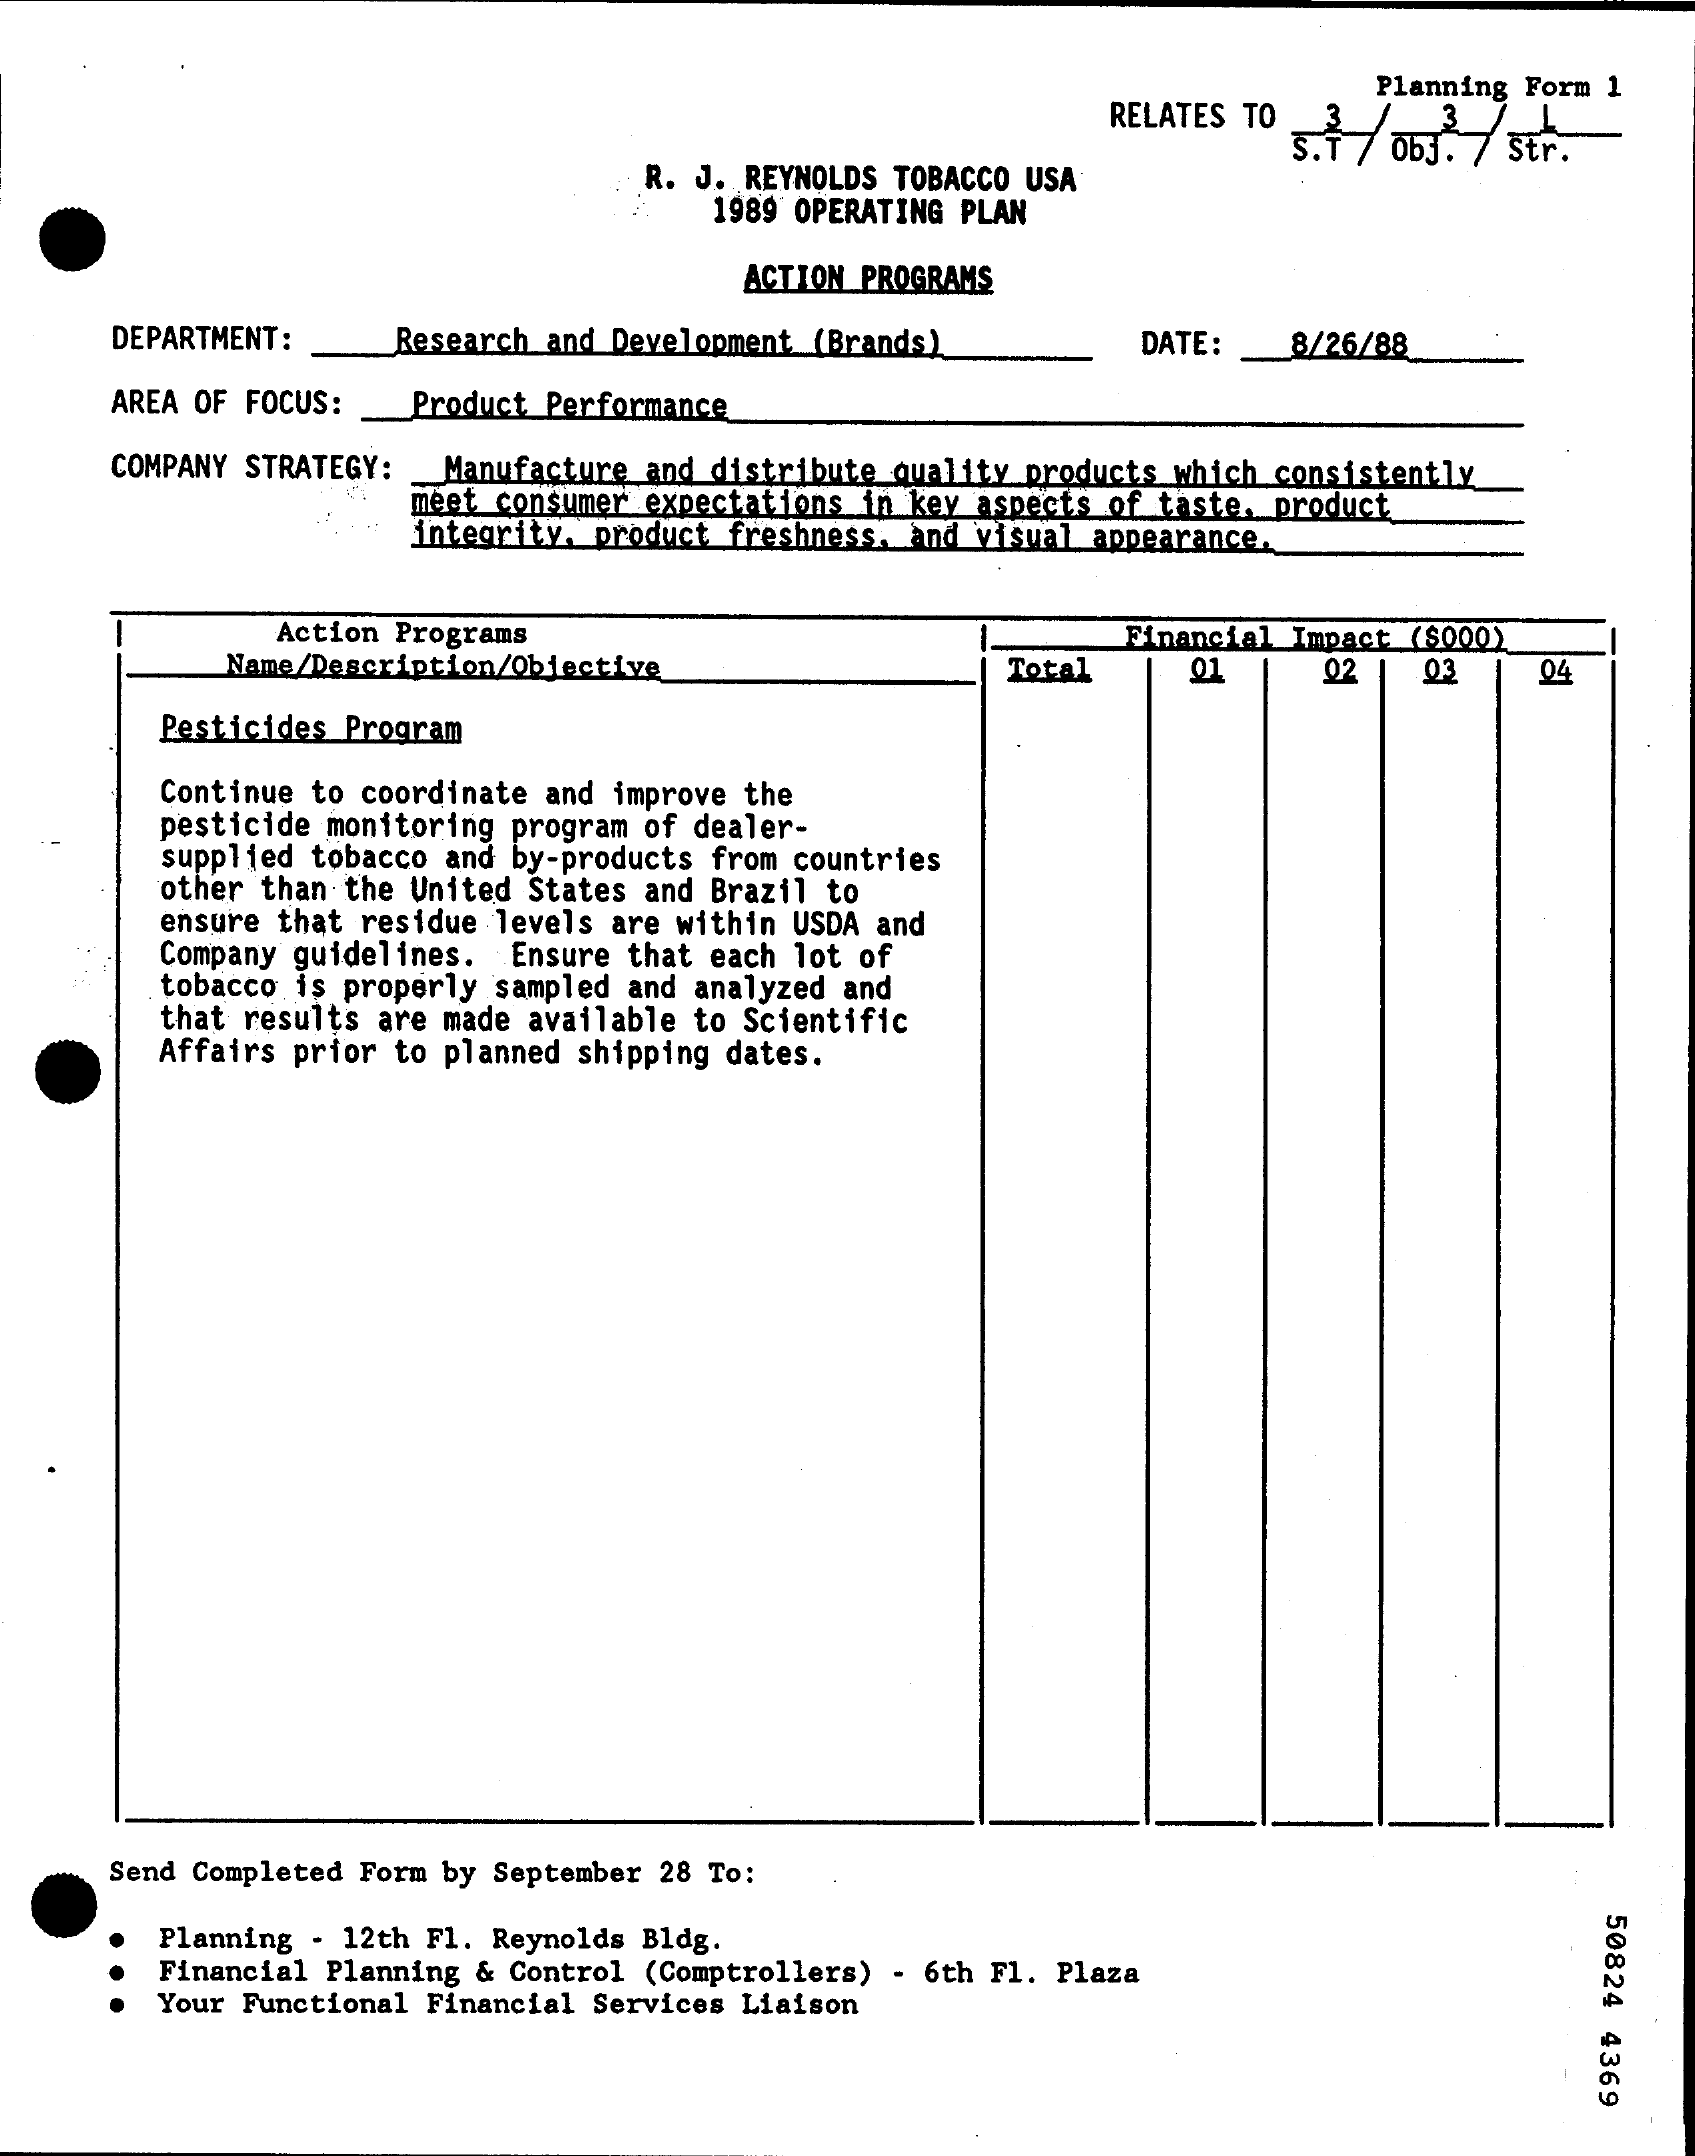
RELATES TO
     Planning Form 1
     5.1 / 063. / str.
     R. J. REYNOLDS TOBACCO USA
     1989 OPERATING PLAN
     ACTION PROGRAMS
     DEPARTMENT :   Research and Development (Brands)    DATE:   8/26/88
     AREA OF FOCUS:  Product Performance
     COMPANY STRATEGY: _ Manufacture and distribute quality products which consistently
     meet consumer expectations in key aspects of taste. product
     integrity, product freshness, and visual appearance.
     Action Programs    Financial Impact ($000)
     Name/Description/Objective    Total    01    02   03    04
     Pesticides Program
     Continue to coordinate and improve the
     pesticide monitoring program of dealer-
     supplied tobacco and by-products from countries
     other than the United States and Brazil to
     ensure that residue levels are within USDA and
     Company guidelines. Ensure that each lot of
     tobacco is properly sampled and analyzed and
     that results are made available to Scientific
     Affairs prior to planned shipping dates.
     Send Completed Form by September 28 To:
     50824
     4369
     Planning - 12th Fl. Reynolds Bldg.
     Financial Planning & Control (Comptrollers) - 6th Fl. Plaza
     Your Functional Financial Services Liaison